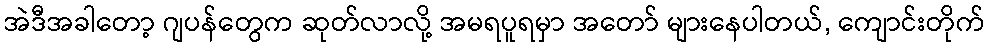
အဲဒီအခါတော့ ဂျပန်တွေက ဆုတ်လာလို့ အမရပူရမှာ အတော် များနေပါတယ်, ကျောင်းတိုက်